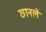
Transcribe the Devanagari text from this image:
छानलें